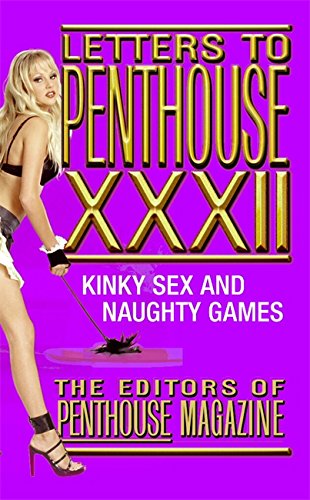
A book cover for Letters to Penthouse xxxii: Kinky Sex and Naughty Games (v. 32); Penthouse International; Romance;